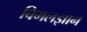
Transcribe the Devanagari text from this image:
विमलज्ञान